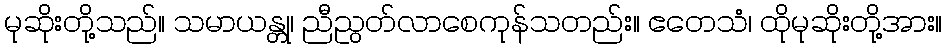
မုဆိုးတို့သည်။ သမာယန္တု၊ ညီညွတ်လာစေကုန်သတည်း။ ဧတေသံ၊ ထိုမုဆိုးတို့အား။